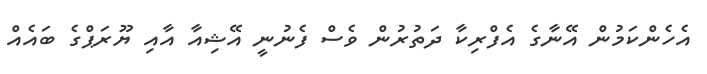
އެހެންކަމުން އޭނާގެ އެފްރިކާ ދަތުރުން ވެސް ފެނުނީ އޭޝިއާ އާއި ޔޫރަޕްގެ ބައެއް